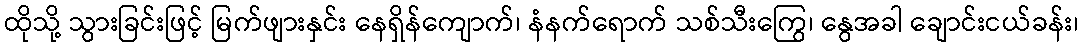
ထိုသို့ သွားခြင်းဖြင့် မြက်ဖျားနှင်း နေရှိန်ကျောက်၊ နံနက်ရောက် သစ်သီးကြွေ၊ နွေအခါ ချောင်းငယ်ခန်း၊